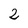
Character: 2